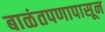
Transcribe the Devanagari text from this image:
बाळंतपणापासून